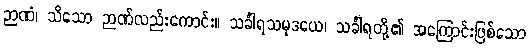
ဉာဏံ၊ သိသော ဉာဏ်လည်းကောင်း။ သင်္ခါရသမုဒယေ၊ သင်္ခါရတို့၏ အကြောင်းဖြစ်သော